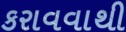
કરાવવાથી